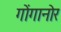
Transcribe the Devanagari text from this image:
गोंगानोर